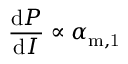
\frac { \mathrm { d } P } { \mathrm { d } I } \propto \alpha _ { \mathrm { m , 1 } }